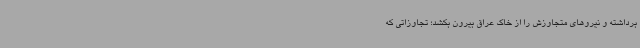
برداشته و نیروهای متجاوزش را از خاک عراق بیرون بکشد؛ تجاوزاتی که